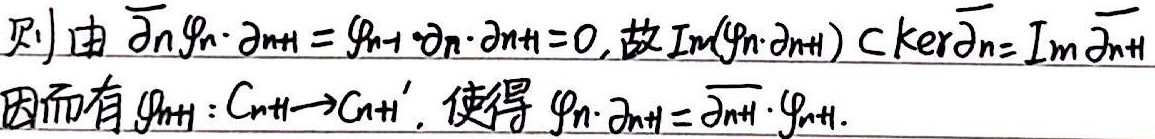
则由$\overline{\partial}_n\varphi_n\cdot\partial_{n + 1}=\varphi_{n - 1}\cdot\partial_n\cdot\partial_{n + 1}=0$，故$\mathrm{Im}(\varphi_n\cdot\partial_{n + 1})\subset\mathrm{Ker}\overline{\partial}_n=\mathrm{Im}\overline{\partial}_{n+1}$。

因而有$\varphi_{n + 1}:C_{n + 1}\rightarrow C_{n + 1}'$，使得$\varphi_n\cdot\partial_{n + 1}=\overline{\partial}_{n + 1}\cdot\varphi_{n + 1}$。